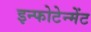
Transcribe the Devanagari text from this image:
इन्फोटेन्मेंट